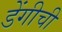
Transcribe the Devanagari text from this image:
डेंगीची